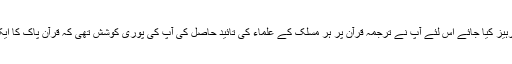
عصری تقاضہ تھا کہ اختلاف سے ہر ممکن پرہیز کیا جائے اس لئے آپ نے ترجمہ قرآن پر ہر مسلک کے علماء کی تائید حاصل کی آپ کی پوری کوشش تھی کہ قرآن پاک کا ایک مجموعہ حاصل قوم کے سامنے رکھ سکیں۔